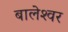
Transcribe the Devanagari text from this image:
बालेश्‍वर